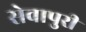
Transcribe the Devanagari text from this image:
सेवापुरी